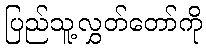
ပြည်သူ့လွှတ်တော်ကို